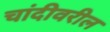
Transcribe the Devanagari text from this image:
चांदीवरील